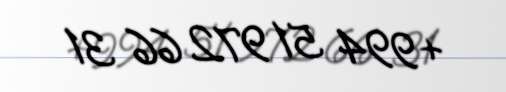
+994 51 972 66 31